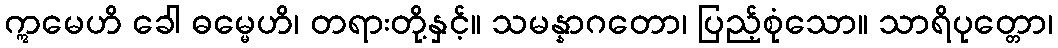
ဣမေဟိ ခေါ ဓမ္မေဟိ၊ တရားတို့နှင့်။ သမန္နာဂတော၊ ပြည့်စုံသော။ သာရိပုတ္တော၊